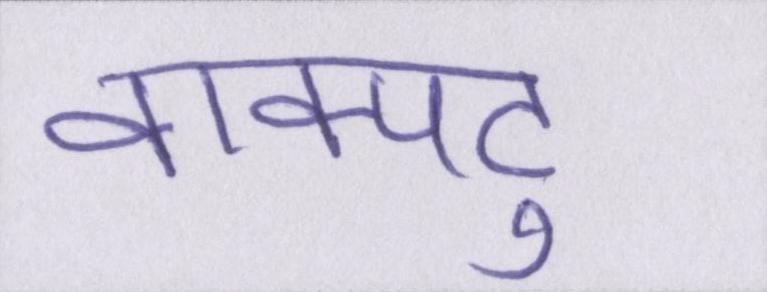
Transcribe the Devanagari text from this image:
वाक्पटु